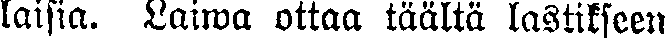
laisia. Laiwa ottaa täältä lastikseen